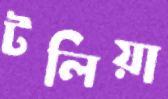
টলিয়া